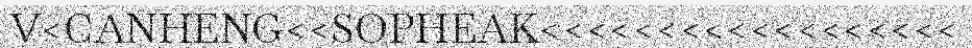
V<CANHENG<<SOPHEAK<<<<<<<<<<<<<<<<<<